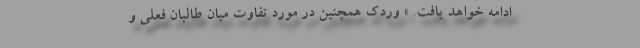
ادامه خواهد یافت. » وردک همچنین در مورد تفاوت میان طالبان فعلی و